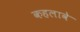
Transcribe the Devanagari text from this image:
कहलावे